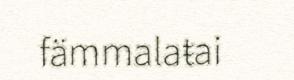
fämmalaŧai